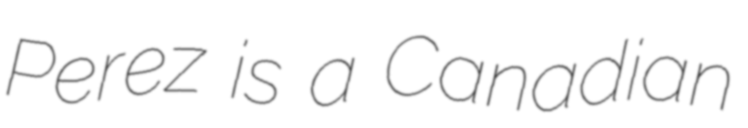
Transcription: Perez is a Canadian